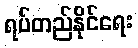
ရပ်တည်နိုင်ရေး